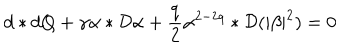
d * d Q + \gamma \alpha * { \cal { D } } \alpha + \frac { q } { 2 } \alpha ^ { 2 - 2 q } * { \cal { D } } ( | \beta | ^ { 2 } ) = 0